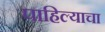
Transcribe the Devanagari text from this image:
पाहिल्याचा